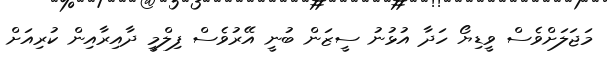
މަޖަލަށްވެސް ވީޑިޔޯ ހަދާ އުޅުނު ސީޒަން ބުނީ އޭރުވެސް ފިލްމީ ދާއިރާއިން ކުރިއަށް